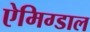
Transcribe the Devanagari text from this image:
ऐमिग्डाल